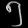
Digit: ၅